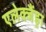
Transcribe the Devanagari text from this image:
एलेक्जैंड्रा